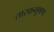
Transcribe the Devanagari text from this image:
तारकभूषण